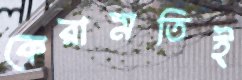
কেরামতিই